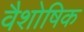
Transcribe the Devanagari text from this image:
वैशोषिक